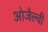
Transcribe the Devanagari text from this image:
ओजैल्वी